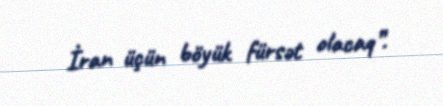
İran üçün böyük fürsət olacaq”.